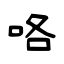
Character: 咯